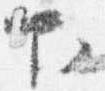
下